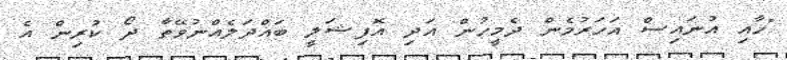
"ހާއި އުނައިސް އަހަރުމެން ދެމީހުން އަދި އޮފިޝަލީ ބައްދަލެއްނުވޭތާ ދޯ ކުރިން އެ